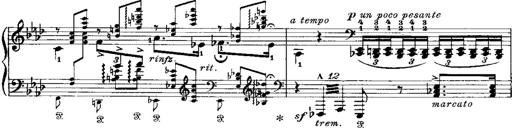
Title: Miserere du Trovatore
Composer: Franz Liszt